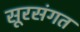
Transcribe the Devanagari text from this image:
सूरसंगत